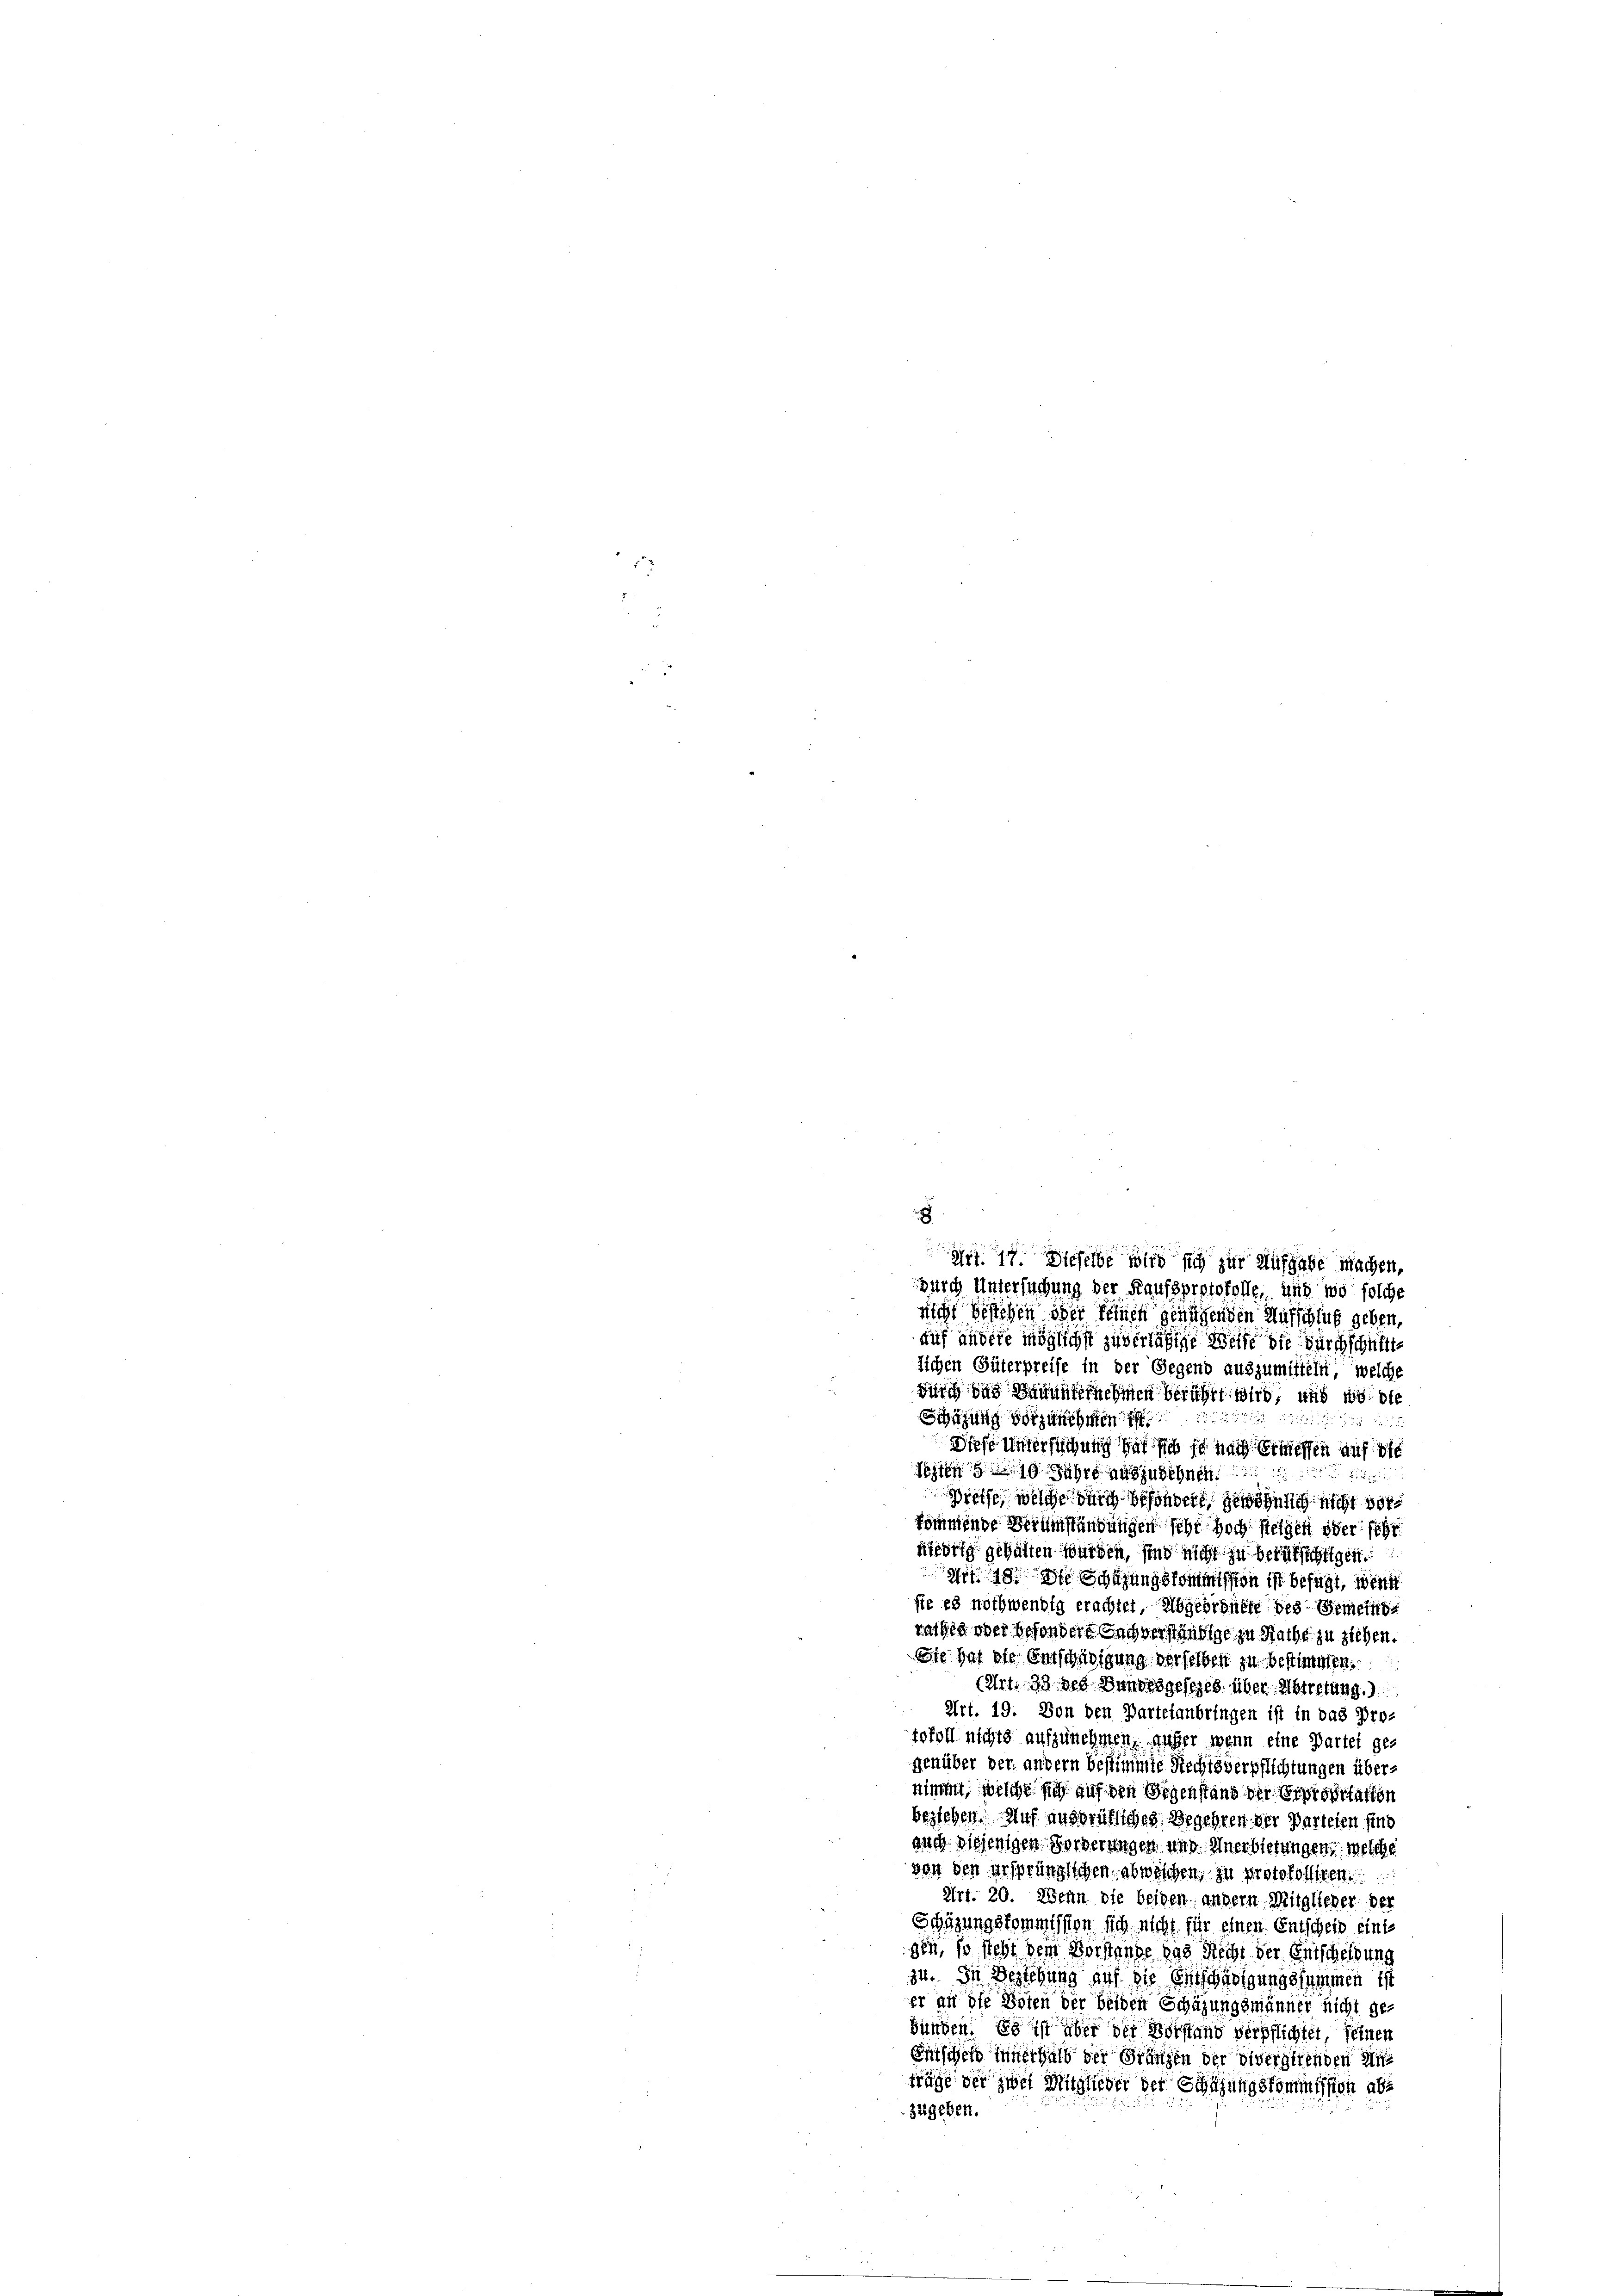
durch Untersuchung der Kaufsprotokolle, und wo solche
nicht gestehen oder feinen genügenden Aufschluß geben,
auf andere möglichst zuverläßige Weite die durchschnitte
lichen Güterpreise in der Gegend auszumitteln, welche
durch das Baumaternehmen berührt wird, und wo die
Schüzung vorzunehmen
3
5
Diese Untersuchung hat sich so nach Ermessen auf die
19 Jahren

Preffe, welche durch besondere, gewöhnlich nicht vorkommende Berumständungen sehr hoch steigen oder schr
äfidrig gehalten würden, sind nicht zu berufsichtigen.
Zif. 49. Die Schazungskommission ist befügt, weit
ste es nothwendig erachtet, Abgeordnete des Gemeindrathes aber besondere Sachverständige zu Rathe zu ziehen.
Ste hat die Entschinigung derselben zu bestimmen.
(Art. 33 des Bundesgesezes über Abtretung.)
Art. 19. Von den Partefanbringen ist in das Pro-
tofoll nichts aufzunehmen, aufer wenn eine Partei ge-
genüber der andern bestimmte Rechtsverpflichtungen übernimmt, welche sich auf den Gegenstand der Expropriation
beziehen. Auf ausdrükliches Begehren der Parteten sind
auch diejenigen Forderungen und Anerbietungen, welche
von den ersprünglichen abweichen, zu protokolliren.
Art. 20. Wenn die beiden; andern Mitgliener der
Schüzungskommission sich nicht für einen Entschein einte
gen, so steht dem Vorstande das Richt der Entscheidung
zu. In Beziehung auf die Entschädigungssummen ist
er an die Boten der beiden Schüzungsmänner nicht ge-
bünden. Es ist aber der Vorstand verpflichtet, seinen
Entscheid innerhalb der Gränzen der divergirenden di
träge der zwei Mitglieder der Schüzungskommission abs
zugeben.

t 1. Dieselbe wird sich zur Aufgabe machen,

x